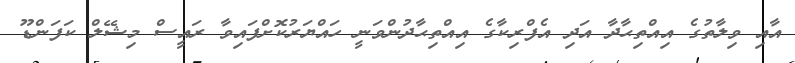
އާއި ވިލާތުގެ އިއްތިޙާދާ އަދި އެފްރިކާގެ އިއްތިޙާދުންވަނީ ހައްޔަރުކޮށްފައިވާ ރައީސް މިޝޭލް ކަފަންޑޫ